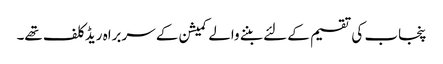
پنجاب کی تقسیم کے لئے بننے والے کمیشن کے سربراہ ریڈ کلف تھے۔